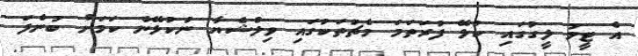
އެ ޓީމު ލީގުގައި ކުޅޭ ފުރަތަމަ މެޗުތަކުގައި ވިލްޝެޔާ ނުކުޅޭނެ ކަމަށް ބުނެފަ